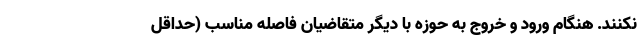
نکنند. هنگام ورود و خروج به حوزه با دیگر متقاضیان فاصله مناسب (حداقل